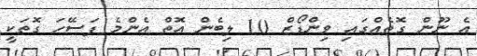
އެ ނޫން ގޮތެއްގައި ވިންޑޯޒް 10 ލިބެން އޮތް އެންމެ ފަސޭހަ ގޮތަކީ